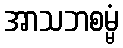
အာသဘစမ္မံ